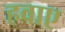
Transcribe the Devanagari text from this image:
हवाए